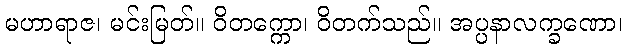
မဟာရာဇ၊ မင်းမြတ်။ ဝိတက္ကော၊ ဝိတက်သည်။ အပ္ပနာလက္ခဏော၊